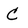
Character: C